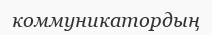
коммуникатордың